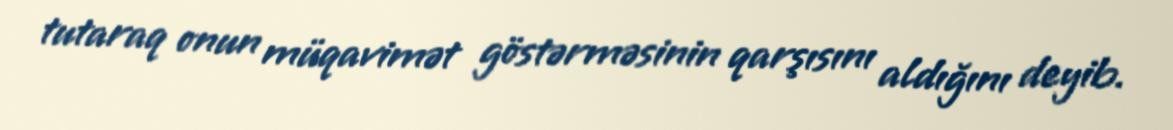
tutaraq onun müqavimət göstərməsinin qarşısını aldığını deyib.